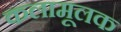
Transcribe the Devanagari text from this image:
कलामूलक